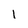
Character: 1